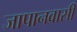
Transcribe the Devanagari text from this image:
जापानवासी